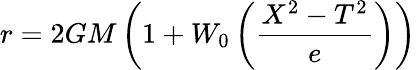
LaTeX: r=2GM\left(1+W_{0}\left({\frac{X^{2}-T^{2}}{e}}\right)\right)